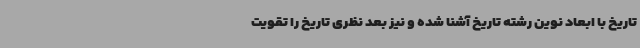
تاریخ با ابعاد نوین رشته تاریخ آشنا شده و نیز بعد نظری تاریخ را تقویت